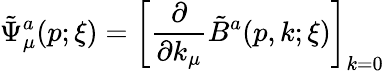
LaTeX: \tilde{\Psi}_{\mu}^{a}(p;\xi)=\left[{\frac{\partial}{\partial k_{\mu}}}\tilde{B}^{a}(p,k;\xi)\right]_{k=0}